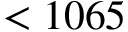
< 1 0 6 5